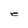
Character: e